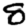
Digit: 8